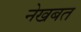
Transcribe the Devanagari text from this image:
नेखबत